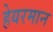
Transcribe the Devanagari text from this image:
हेयरमान